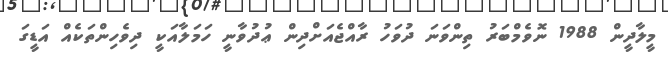
މީލާދީން 1988 ނޮވެމްބަރު ތިންވަނަ ދުވަހު ރާއްޖެއަށްދިން ޢުދުވާނީ ހަމަލާއަކީ ދިވެހިންތަކެއް އަޑީގަ